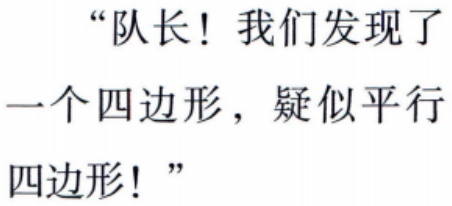
“队长！我们发现了一个四边形，疑似平行四边形！”